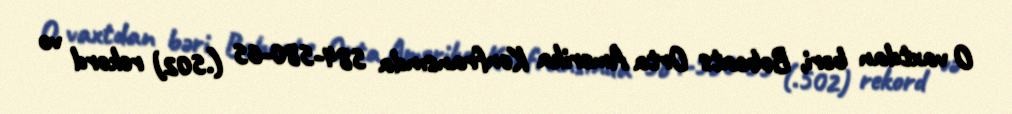
O vaxtdan bəri, Bobcats Orta Amerika Konfransında 584-580-65 (.502) rekord və